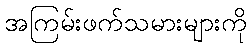
အကြမ်းဖက်သမားများကို